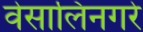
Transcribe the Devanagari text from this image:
वेसालिनगरे